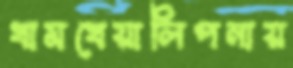
খামখেয়ালিপনায়